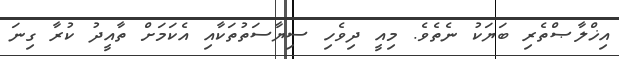
އިޚްލާޞްތެރި ބަޔަކު ނެތެވެ. މިއީ ދިވެހި ސިޔާސަތުތަކާއި އެކަމަށް ތާއީދު ކުރާ ގިނަ